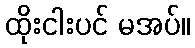
ထိုးငါးပင် မအပ်။